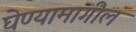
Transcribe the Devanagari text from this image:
घेण्यामागील